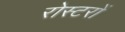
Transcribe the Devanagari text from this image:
रोस्टरों